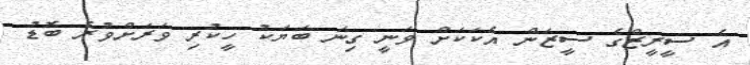
އެ ސީރީޒްގެ ސީޒަން އެކަކަށް ވަނީ ގިނަ ބަޔަކު ހީކުރި ވަރަށްވުރެ ބޮޑު